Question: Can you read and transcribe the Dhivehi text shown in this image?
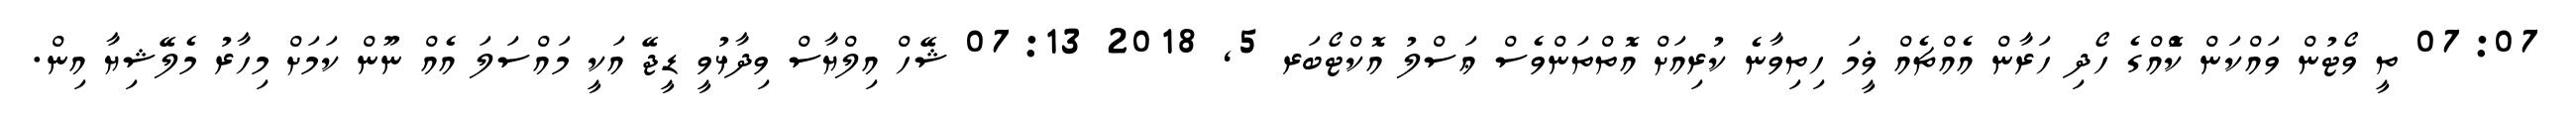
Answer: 07:07 ތީ ވޯޓުން ވައްކަން ކޮްއްގެ ހޯދި ހަރާން އެއްޗެއް ޥީމަ ހިތިވާނެ ކުރިއަށް އޮތްތަންވެސް ޢަސްލު އޮކްޓޯބަރ 5, 2018 07:13 ޝޭހް އިލްޔާސް ވިދާޅުވީ ޑީޖޭ އަކީ މައްސަލަ އެއް ނޫން ކަމަށް މިހާރު މެލޭޝިޔާ އިން.